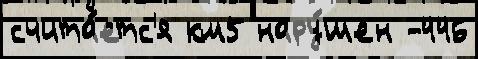
счита́етс'я км5 нару́шен -446